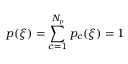
p ( \xi ) = \sum _ { c = 1 } ^ { N _ { \mathrm { p } } } p _ { c } ( \xi ) = 1